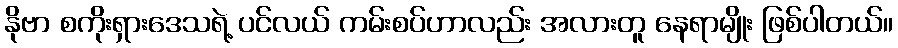
နိုဗာ စကိုးရှားဒေသရဲ့ ပင်လယ် ကမ်းစပ်ဟာလည်း အလားတူ နေရာမျိုး ဖြစ်ပါတယ်။